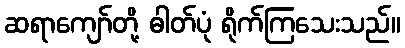
ဆရာကျော်တို့ ဓါတ်ပုံ ရိုက်ကြသေးသည်။